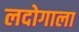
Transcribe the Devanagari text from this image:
लदोगाला